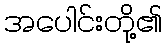
အပေါင်းတို့၏